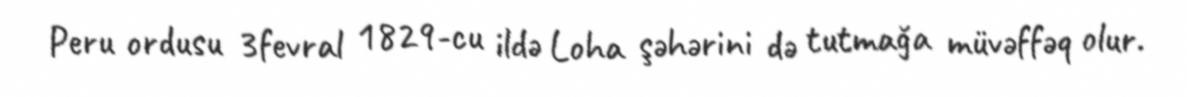
Peru ordusu 3fevral 1829-cu ildə Loha şəhərini də tutmağa müvəffəq olur.